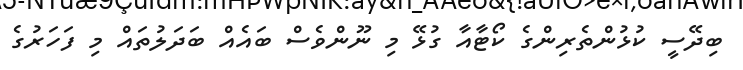
ބިދޭސީ ކުޅުންތެރިންގެ ކޯޓާއާ ގުޅޭ މި ނޫންވެސް ބައެއް ބަދަލުތައް މި ފަހަރުގެ